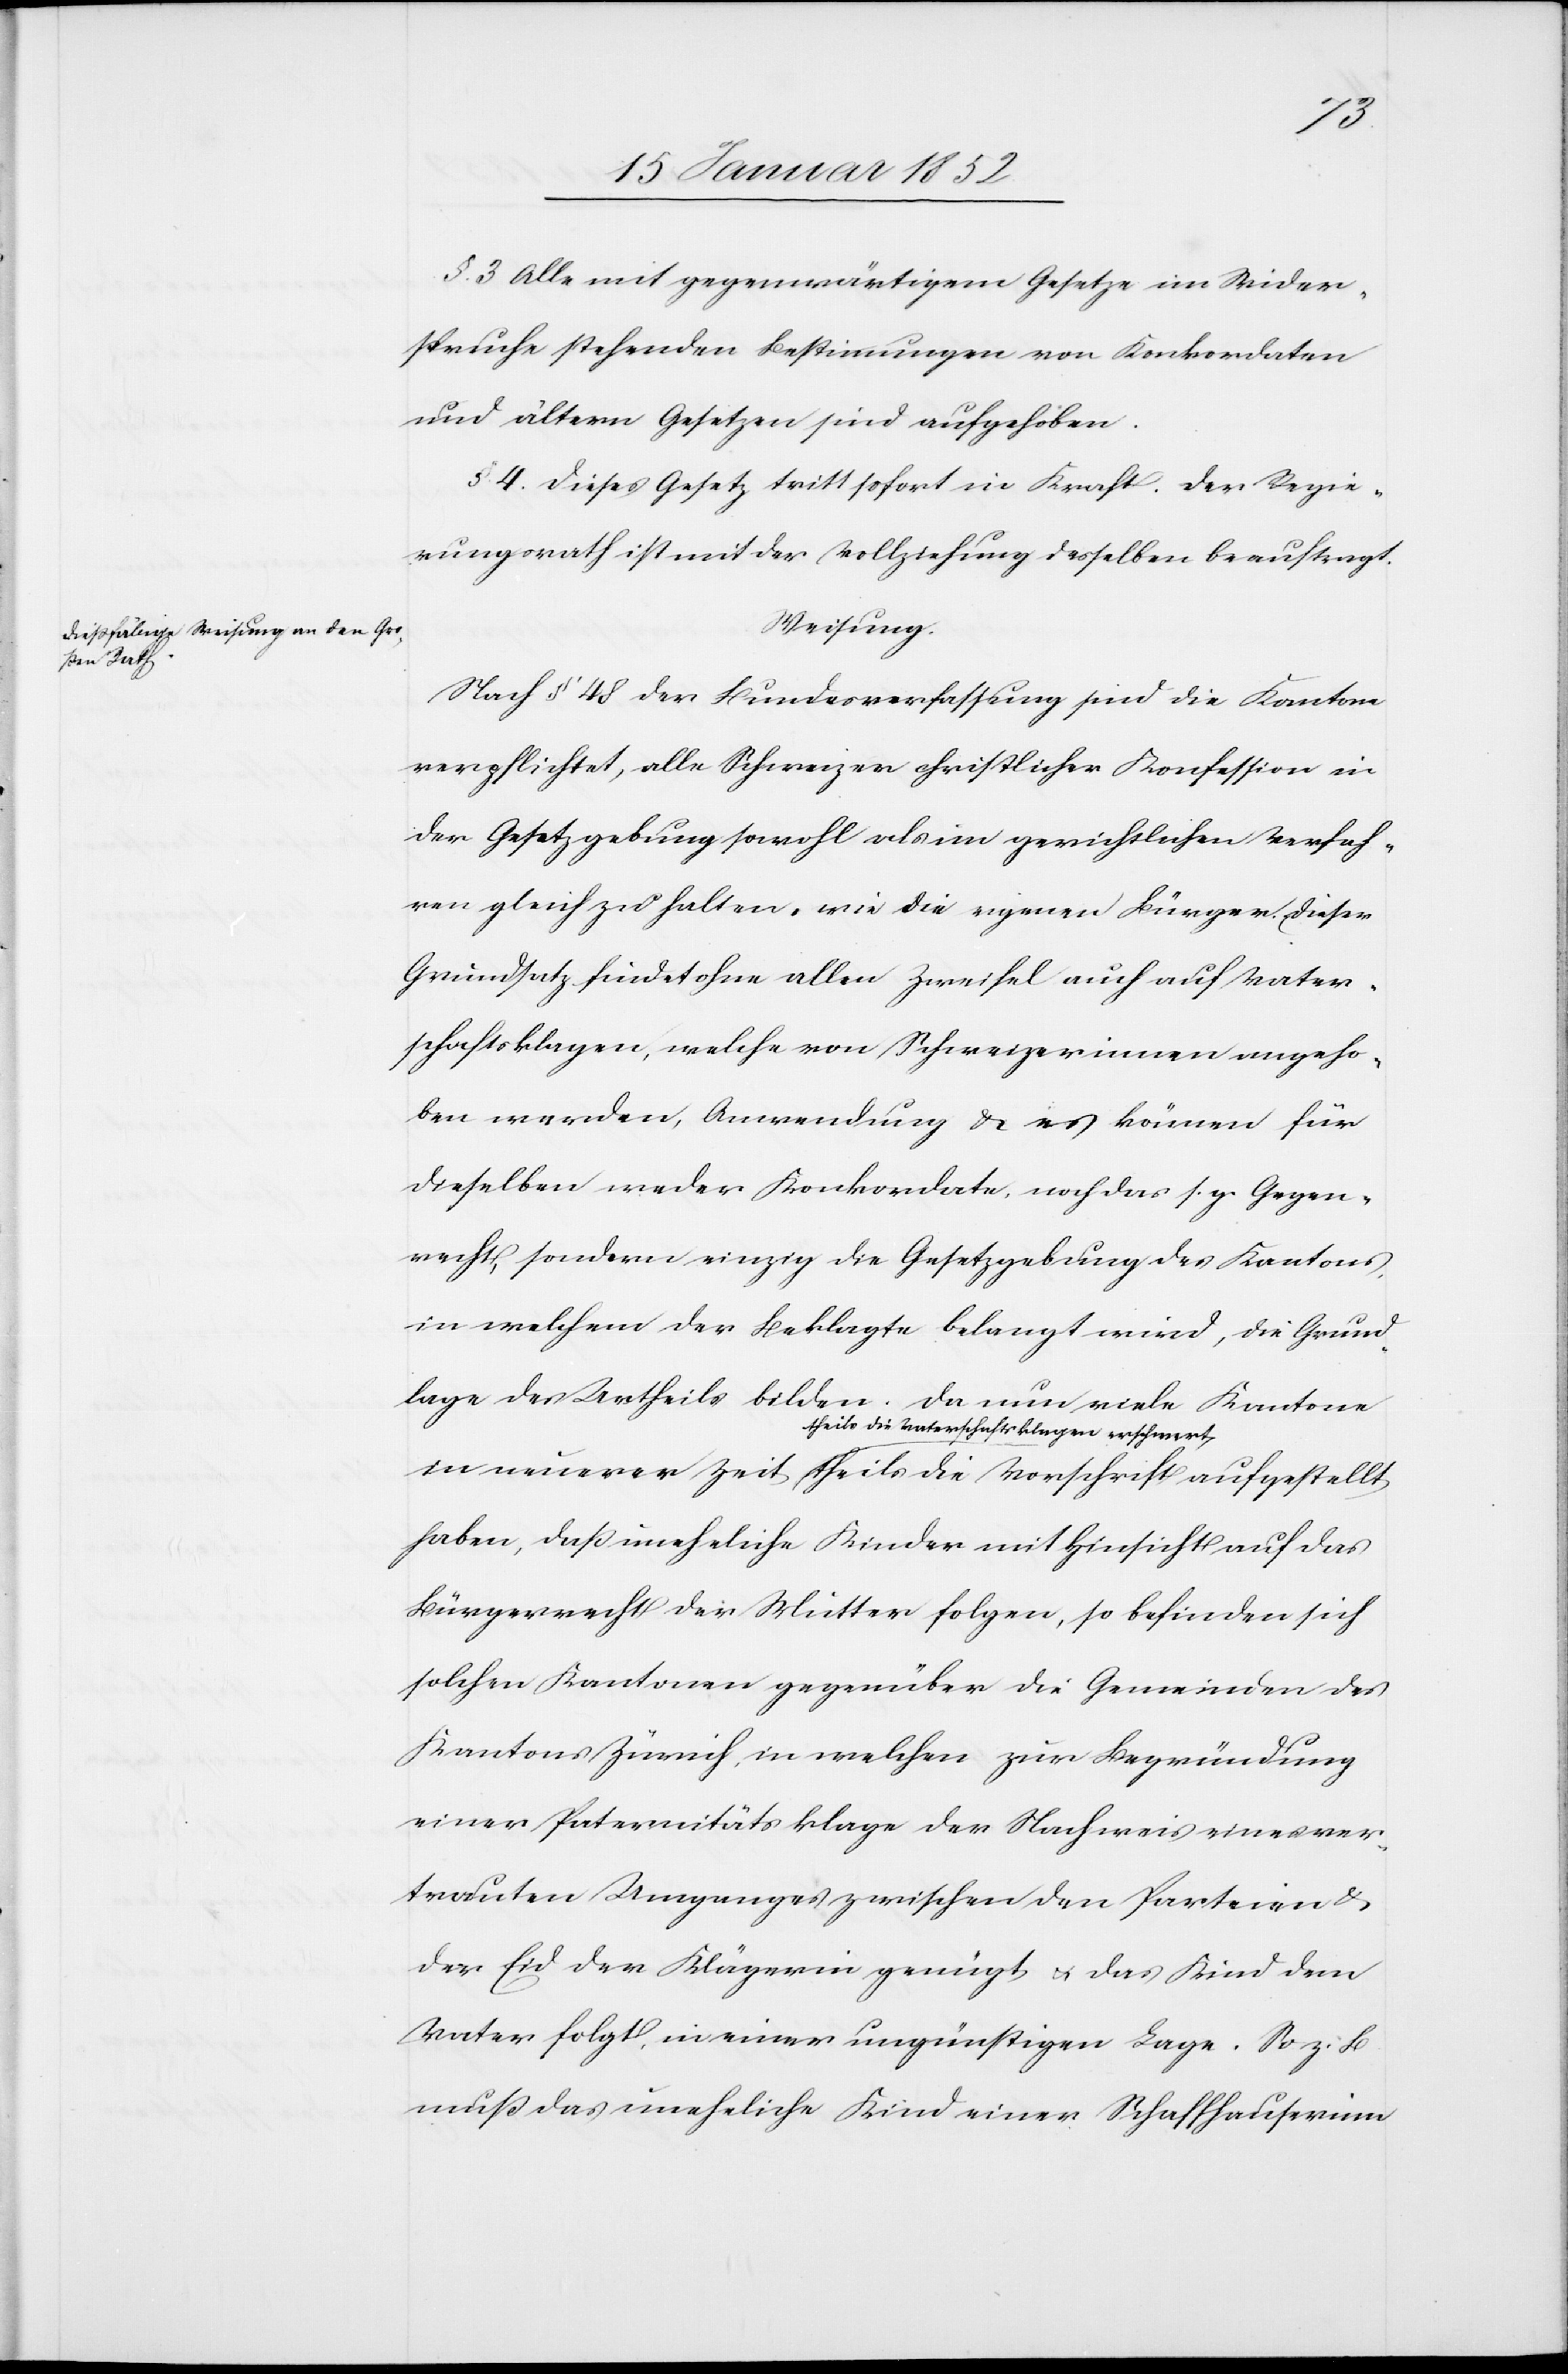
§. 3 Alle mit gegenwärtigem Gesetze im Wider¬
spruche stehenden Bestimmungen von Konkordaten
und ältern Gesetzen sind aufgehoben.
§. 4. Dieses Gesetz tritt sofort in Kraft. Der Regie¬
rungsrath ist mit der Vollziehung desselben beauftragt.
Weisung.
Nach § 48 der Bundesverfassung sind die Kantone
verpflichtet, alle Schweizer christlicher Konfession in
der Gesetzgebung sowohl als im gerichtlichen Verfah¬
ren gleich zu halten, wie die eigenen Bürger. Dieser
Grundsatz findet ohne allen Zweifel auch auf Vater¬
schaftsklagen, welche von Schweizerinnen angeho¬
ben werden, Anwendung u. es können für
dieselben weder Konkordate, noch das s. g. Gegen¬
recht, sondern einzig die Gesetzgebung des Kantons
in welchem der Beklagte belangt wird, die Grund¬
lage des Urtheils bilden. Da nun viele Kantone
theils die Vaterschaftsklagen erschwert,
haben, daß uneheliche Kinder mit Hinsicht auf das
Bürgerrecht der Mütter folgen, so befinden sich
solchen Kantonen gegenüber die Gemeinden des
Kantons Zürich in welcher zur Begründung
einer Paternitätsklage der Nachweis eines ver¬
trauten Umganges zwischen den Parteien u.
der Eid der Klägerinn genügt u. das Kind dem
Vater folgt, in einer ungünstigen Lage. So z. B.
muß das uneheliche Kind einer Schaffhauserinn